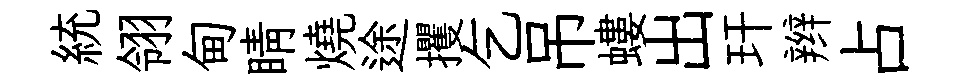
統翎甸睛燒途攫乞吊螻出玕辫占